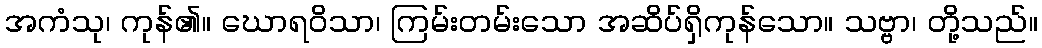
အကံသု၊ ကုန်၏။ ဃောရဝိသာ၊ ကြမ်းတမ်းသော အဆိပ်ရှိကုန်သော။ သဗ္ဗာ၊ တို့သည်။